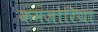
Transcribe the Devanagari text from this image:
कमजोरिया